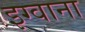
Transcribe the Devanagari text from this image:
इग्वाना